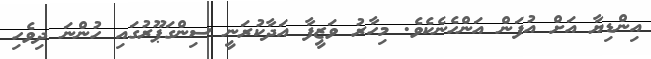
އިންޑިޔާ އަށް އުފަން އަންހެނެކެވެ. މިހާރު ވަޒީފާ އަދާކުރަނީ ސިންގަޕޫރުގައި ހުންނަ ދިވެހި